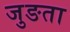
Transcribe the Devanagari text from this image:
जुङता